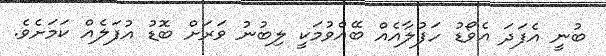
ބުނީ އެފަދަ އެވޯޑު ހަފުލާއެއް ބޭއްވުމަކީ ލިބުނު ވަރަށް ބޮޑު އުފަލެއް ކަމަށެވެ.